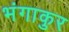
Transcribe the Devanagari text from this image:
भंगाकुर